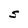
Character: S